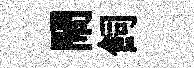
閙飼